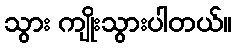
သွား ကျိုးသွားပါတယ်။